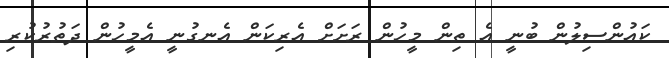
ކައުންސިލުން ބުނީ އެ ތިން މީހުން ރަށަށް އެރިކަން އެނގުނީ އެމީހުން ދަތުރުކުރި